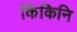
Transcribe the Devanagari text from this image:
किंकिनि